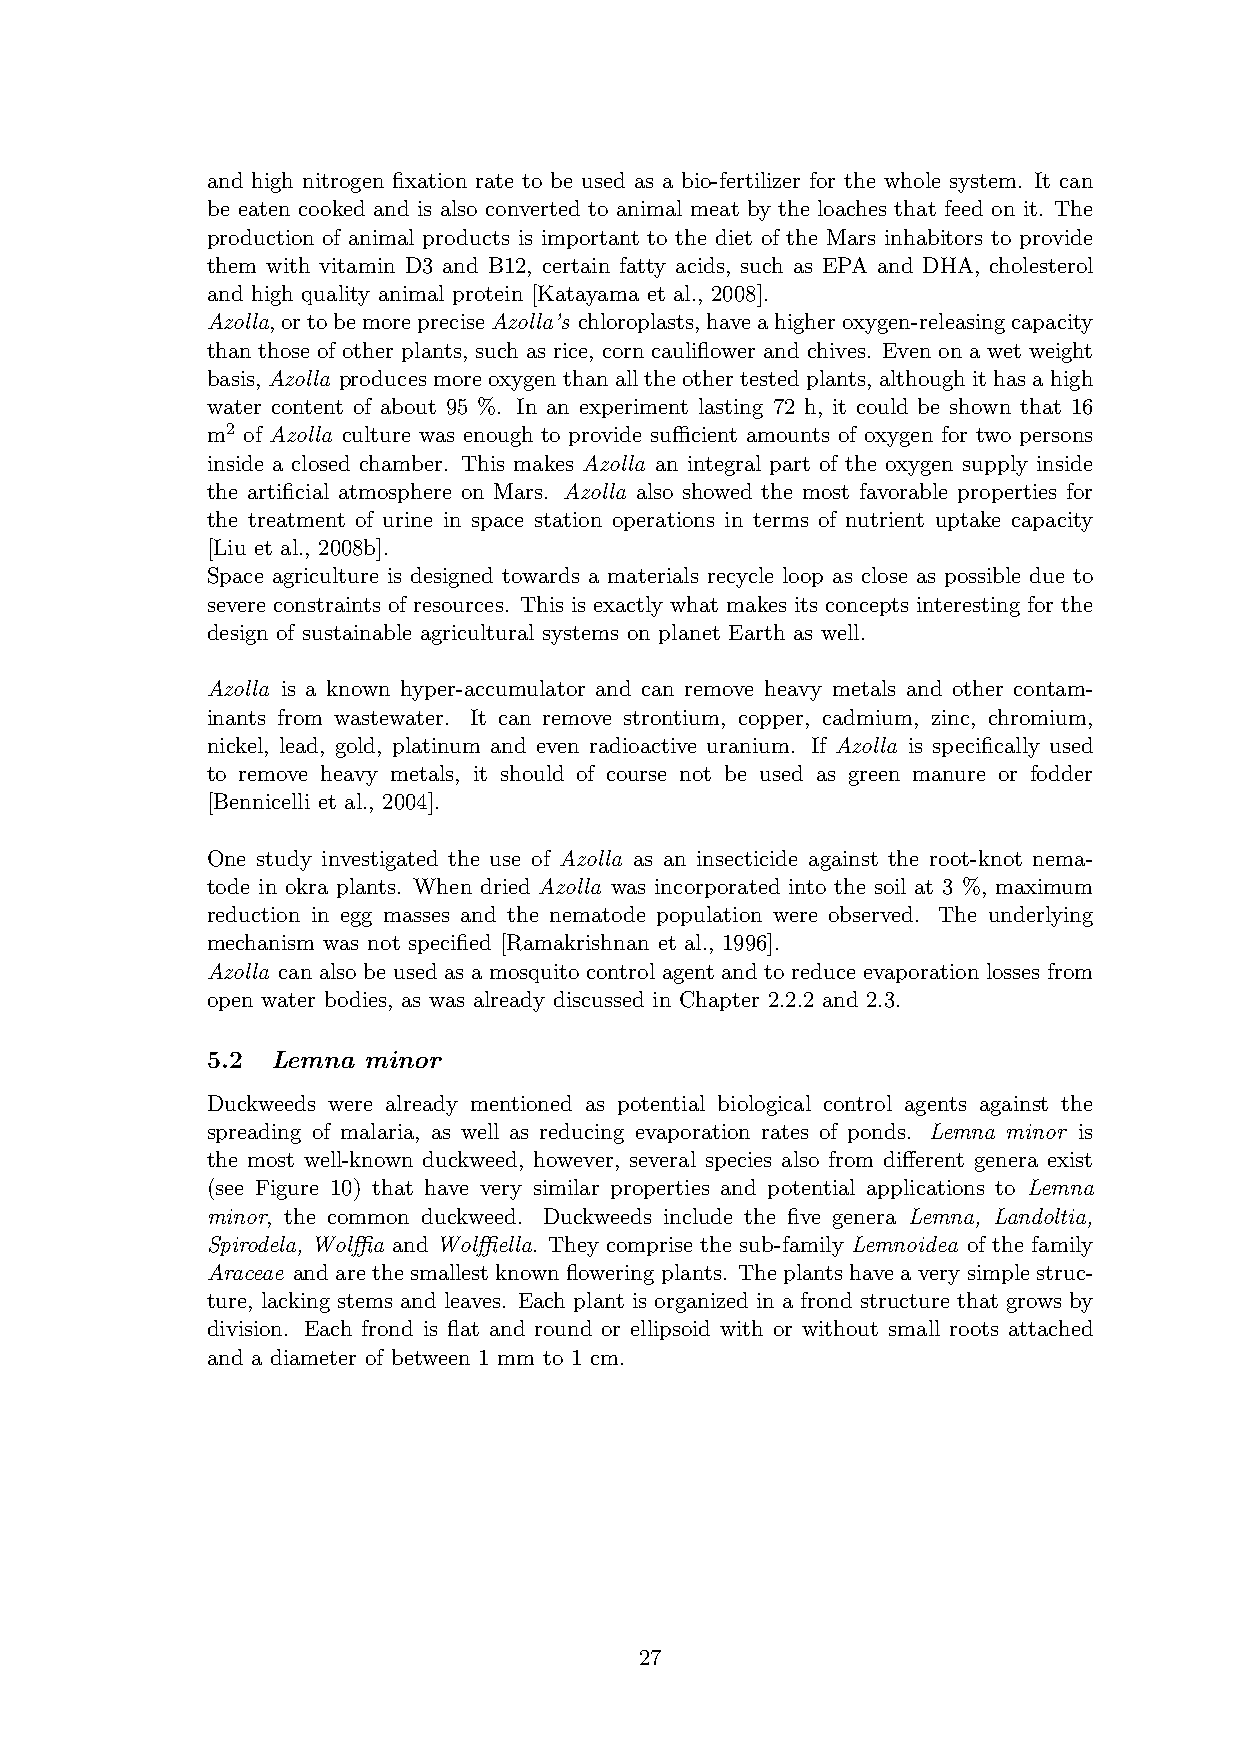
and high nitrogen fixation rate to be used as a bio-fertilizer for the whole system. It can
 be eaten cooked and is also converted to animal meat by the loaches that feed on it. The
 production of animal products is important to the diet of the Mars inhabitors to provide
 them with vitamin D3 and B12, certain fatty acids, such as EPA and DHA, cholesterol
 and high quality animal protein [Katayama et al., 2008].
 Azolla,ortobemorepreciseAzolla’s chloroplasts,haveahigheroxygen-releasingcapacity
 than those of other plants, such as rice, corn cauliflower and chives. Even on a wet weight
 basis, Azolla producesmoreoxygenthanalltheothertestedplants, althoughithasahigh
 water content of about 95 %. In an experiment lasting 72 h, it could be shown that 16
 m2 of Azolla culture was enough to provide sufficient amounts of oxygen for two persons
 inside a closed chamber. This makes Azolla an integral part of the oxygen supply inside
 the artificial atmosphere on Mars. Azolla also showed the most favorable properties for
 the treatment of urine in space station operations in terms of nutrient uptake capacity
 [Liu et al., 2008b].
 Space agriculture is designed towards a materials recycle loop as close as possible due to
 severe constraints of resources. This is exactly what makes its concepts interesting for the
 design of sustainable agricultural systems on planet Earth as well.
 Azolla is a known hyper-accumulator and can remove heavy metals and other contam-
 inants from wastewater. It can remove strontium, copper, cadmium, zinc, chromium,
 nickel, lead, gold, platinum and even radioactive uranium. If Azolla is specifically used
 to remove heavy metals, it should of course not be used as green manure or fodder
 [Bennicelli et al., 2004].
 One study investigated the use of Azolla as an insecticide against the root-knot nema-
 tode in okra plants. When dried Azolla was incorporated into the soil at 3 %, maximum
 reduction in egg masses and the nematode population were observed. The underlying
 mechanism was not specified [Ramakrishnan et al., 1996].
 Azolla can also be used as a mosquito control agent and to reduce evaporation losses from
 open water bodies, as was already discussed in Chapter 2.2.2 and 2.3.
 5.2 Lemna minor
 Duckweeds were already mentioned as potential biological control agents against the
 spreading of malaria, as well as reducing evaporation rates of ponds. Lemna minor is
 the most well-known duckweed, however, several species also from different genera exist
 (see Figure 10) that have very similar properties and potential applications to Lemna
 minor, the common duckweed. Duckweeds include the five genera Lemna, Landoltia,
 Spirodela, Wolffia and Wolffiella. They comprise the sub-family Lemnoidea of the family
 Araceae and arethe smallest knownfloweringplants. The plants have averysimple struc-
 ture, lacking stems and leaves. Each plant is organized in a frond structure that grows by
 division. Each frond is flat and round or ellipsoid with or without small roots attached
 and a diameter of between 1 mm to 1 cm.
 27